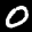
Label: 0